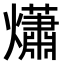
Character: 𤑳